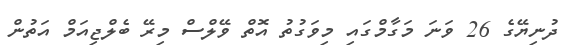
ދުނިޔޭގެ 26 ވަނަ މަގާމްގައި މިވަގުތު އޮތް ވޭލްސް މިރޭ ބެލްޖިއަމް އަތުން